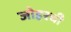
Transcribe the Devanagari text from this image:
जोहरची